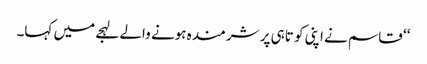
‘‘ قاسم نے اپنی کو تاہی پر شرمندہ ہونے والے لہجے میں کہا۔